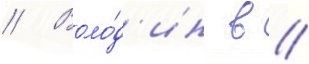
// Воло́д'ин в //